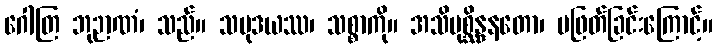
ဂေါတြ ဘုဉာဏံ၊ သည်။ သမုဒယဿ၊ သစ္စာကို။ အသိမုစ္ဆိန္ဒနတော၊ မဖြတ်ခြင်းကြောင့်။